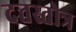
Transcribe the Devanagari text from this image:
दत्तस्तोत्र